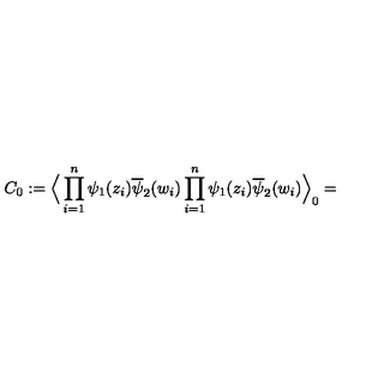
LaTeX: C _ { 0 } : = \Big \langle \prod _ { i = 1 } ^ { n } \psi _ { 1 } ( z _ { i } ) \overline { { \psi } } _ { 2 } ( w _ { i } ) \prod _ { i = 1 } ^ { n } \psi _ { 1 } ( z _ { i } ) \overline { { \psi } } _ { 2 } ( w _ { i } ) \Big \rangle _ { 0 } =